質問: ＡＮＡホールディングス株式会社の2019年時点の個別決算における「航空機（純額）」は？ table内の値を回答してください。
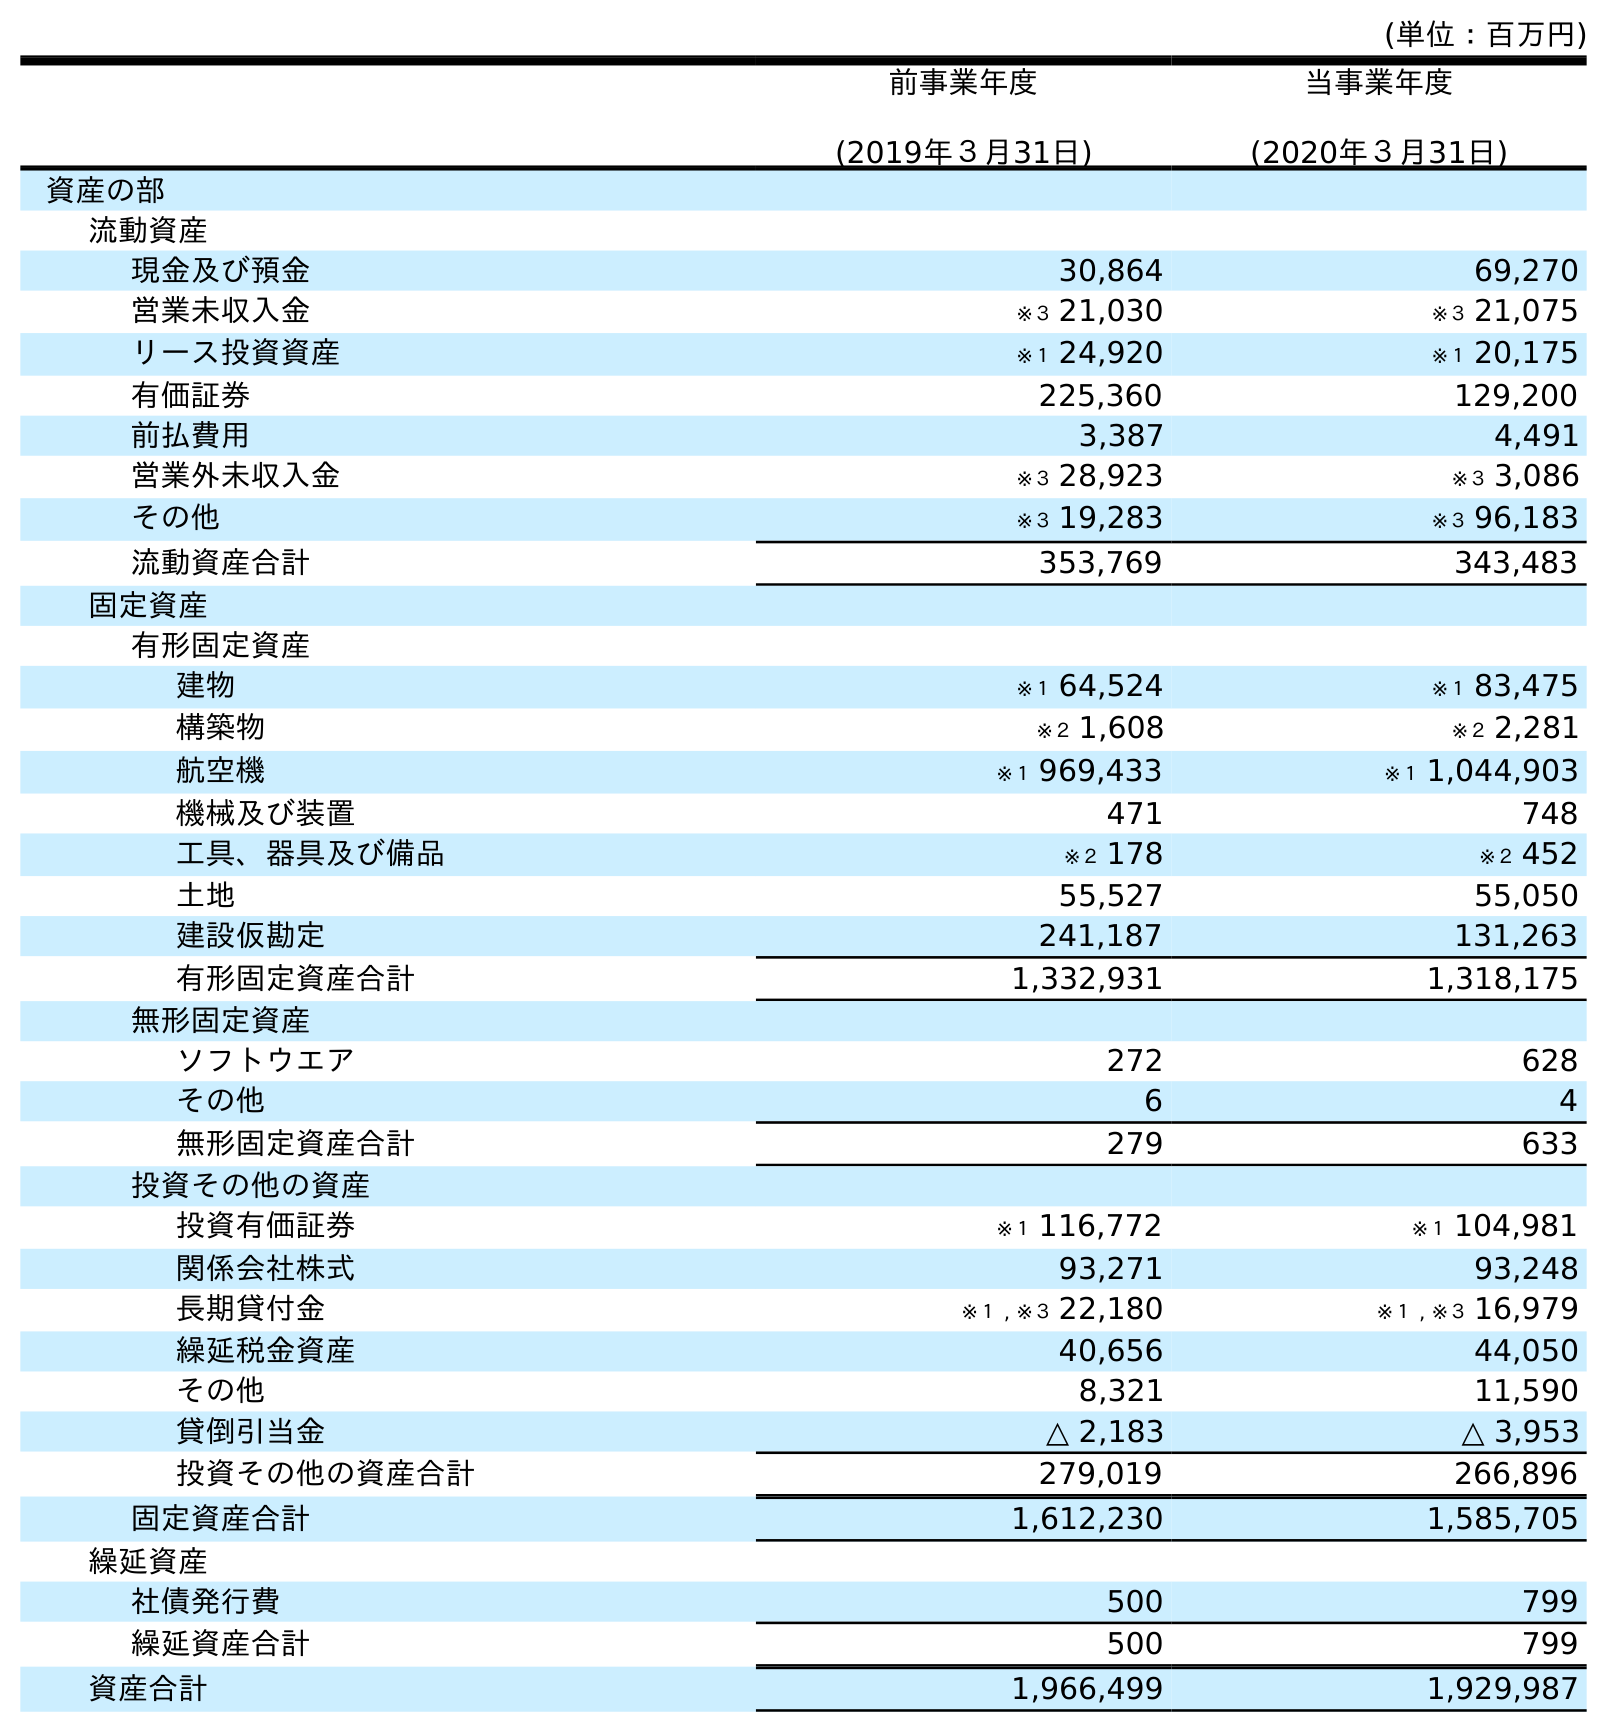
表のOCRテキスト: (単位：百万円) 前事業年度 (2019年３月31日) 当事業年度 (2020年３月31日) 資産の部 流動資産 現金及び預金 30,864 69,270 営業未収入金 ※３ 21,030 ※３ 21,075 リース投資資産 ※１ 24,920 ※１ 20,175 有価証券 225,360 129,200 前払費用 3,387 4,491 営業外未収入金 ※３ 28,923 ※３ 3,086 その他 ※３ 19,283 ※３ 96,183 流動資産合計 353,769 343,483 固定資産 有形固定資産 建物 ※１ 64,524 ※１ 83,475 構築物 ※２ 1,608 ※２ 2,281 航空機 ※１ 969,433 ※１ 1,044,903 機械及び装置 471 748 工具、器具及び備品 ※２ 178 ※２ 452 土地 55,527 55,050 建設仮勘定 241,187 131,263 有形固定資産合計 1,332,931 1,318,175 無形固定資産 ソフトウエア 272 628 その他 6 4 無形固定資産合計 279 633 投資その他の資産 投資有価証券 ※１ 116,772 ※１ 104,981 関係会社株式 93,271 93,248 長期貸付金 ※１ , ※３ 22,180 ※１ , ※３ 16,979 繰延税金資産 40,656 44,050 その他 8,321 11,590 貸倒引当金 △ 2,183 △ 3,953 投資その他の資産合計 279,019 266,896 固定資産合計 1,612,230 1,585,705 繰延資産 社債発行費 500 799 繰延資産合計 500 799 資産合計 1,966,499 1,929,987
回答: ※１969,433